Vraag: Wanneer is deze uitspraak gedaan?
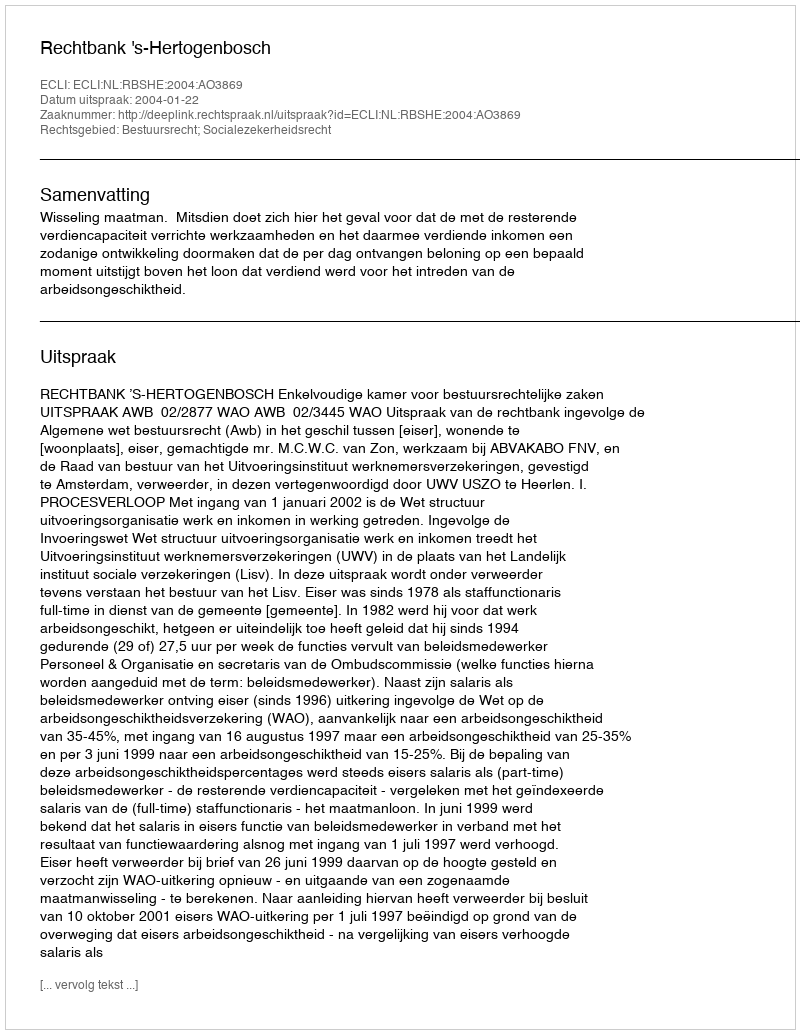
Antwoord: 2004-01-22